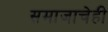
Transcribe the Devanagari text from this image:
समाजाचेही